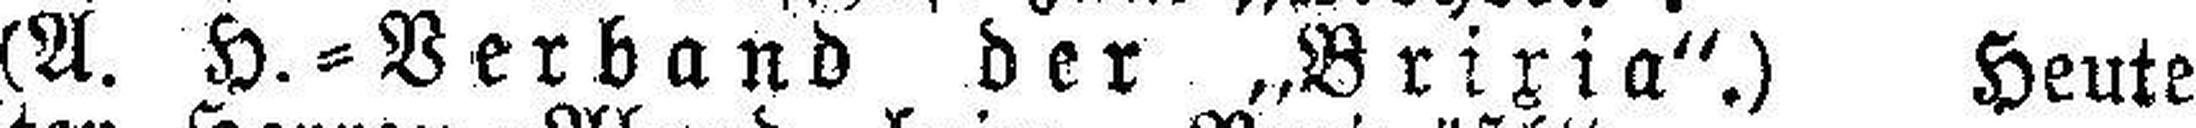
(A. H.=Verband der „Brixia“.) Heute